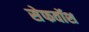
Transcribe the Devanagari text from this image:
सेफवॉश